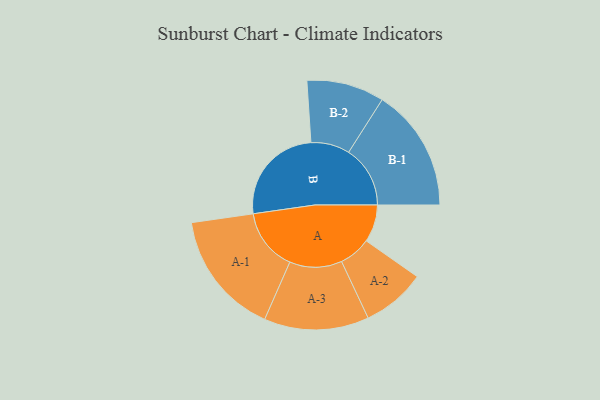
{"axis": {"x": "Segment", "y": "Value"}, "legend": ["", "A", "B"], "data": [{"x": "A", "y": 168, "type": ""}, {"x": "B", "y": 453, "type": ""}, {"x": "A-1", "y": 279, "type": "A"}, {"x": "A-2", "y": 143, "type": "A"}, {"x": "A-3", "y": 235, "type": "A"}, {"x": "B-1", "y": 276, "type": "B"}, {"x": "B-2", "y": 174, "type": "B"}]}